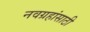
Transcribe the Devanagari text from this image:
नवग्रहांसाठी